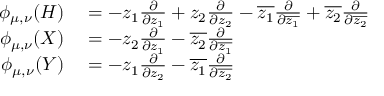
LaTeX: \begin{array} { r l } { \phi _ { \mu , \nu } ( H ) } & { { } = - z _ { 1 } { \frac { \partial } { \partial z _ { 1 } } } + z _ { 2 } { \frac { \partial } { \partial z _ { 2 } } } - { \overline { { z _ { 1 } } } } { \frac { \partial } { \partial { \overline { { z _ { 1 } } } } } } + { \overline { { z _ { 2 } } } } { \frac { \partial } { \partial { \overline { { z _ { 2 } } } } } } } \\ { \phi _ { \mu , \nu } ( X ) } & { { } = - z _ { 2 } { \frac { \partial } { \partial z _ { 1 } } } - { \overline { { z _ { 2 } } } } { \frac { \partial } { \partial { \overline { { z _ { 1 } } } } } } } \\ { \phi _ { \mu , \nu } ( Y ) } & { { } = - z _ { 1 } { \frac { \partial } { \partial z _ { 2 } } } - { \overline { { z _ { 1 } } } } { \frac { \partial } { \partial { \overline { { z _ { 2 } } } } } } } \end{array}